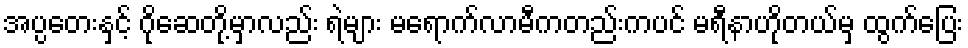
အပ္ပတေးနှင့် ဂိုဆေတို့မှာလည်း ရဲများ မရောက်လာမီကတည်းကပင် မရီနာဟိုတယ်မှ ထွက်ပြေး